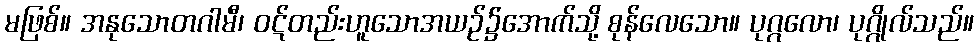
မဖြစ်။ အနုသောတဂါမီ၊ ဝဋ်တည်းဟူသောအယဉ်၌အောက်သို့ စုန်လေသော။ ပုဂ္ဂလော၊ ပုဂ္ဂိုလ်သည်။